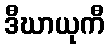
ဒီဃာယုကီ